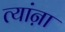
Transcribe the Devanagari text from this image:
त्यांऩा